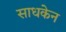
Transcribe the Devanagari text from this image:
साधकेन